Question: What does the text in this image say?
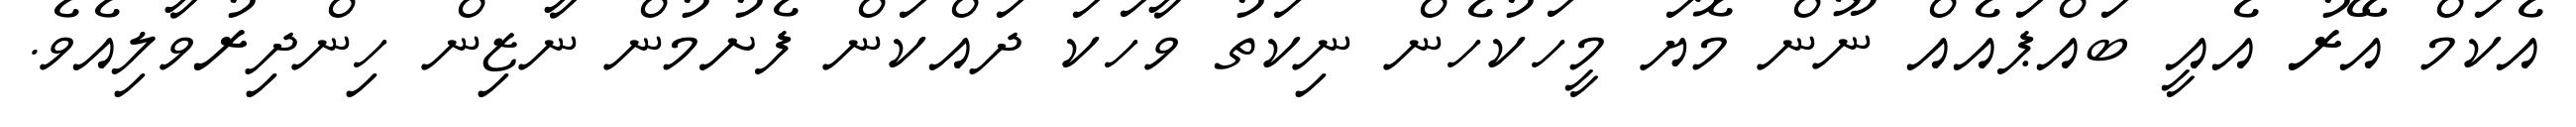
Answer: އެކަމް އޭރު އެއީ ބައްޕައެއް ނޫން މޮޔަ މީހަކުހެން ނިކަތު ވާހަކަ ދައްކަން ފެށުމުން ނާޒިން ހިންދިރުވާލިއެވެ.